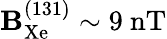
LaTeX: \mathbf{B}_{\mathrm{{Xe}}}^{(131)}\sim9~\mathrm{{nT}}